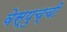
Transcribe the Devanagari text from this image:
वेस्पुच्ची